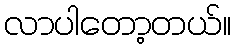
လာပါတော့တယ်။